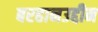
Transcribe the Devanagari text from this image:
बरहानउद्दीन